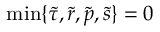
\operatorname* { m i n } \{ \tilde { \tau } , \tilde { r } , \tilde { p } , \tilde { s } \} = 0